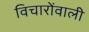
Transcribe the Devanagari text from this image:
विचारोंवाली